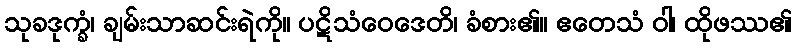
သုခဒုက္ခံ၊ ချမ်းသာဆင်းရဲကို။ ပဋိသံဝေဒေတိ၊ ခံစား၏။ ဧတေသံ ဝါ၊ ထိုဖဿ၏